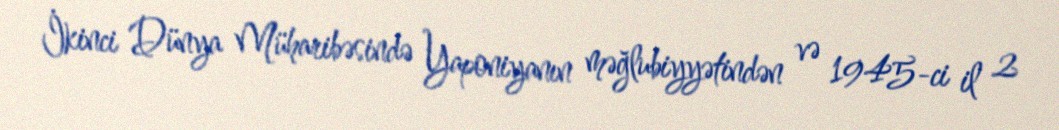
İkinci Dünya Müharibəsində Yaponiyanın məğlubiyyətindən və 1945-ci il 2